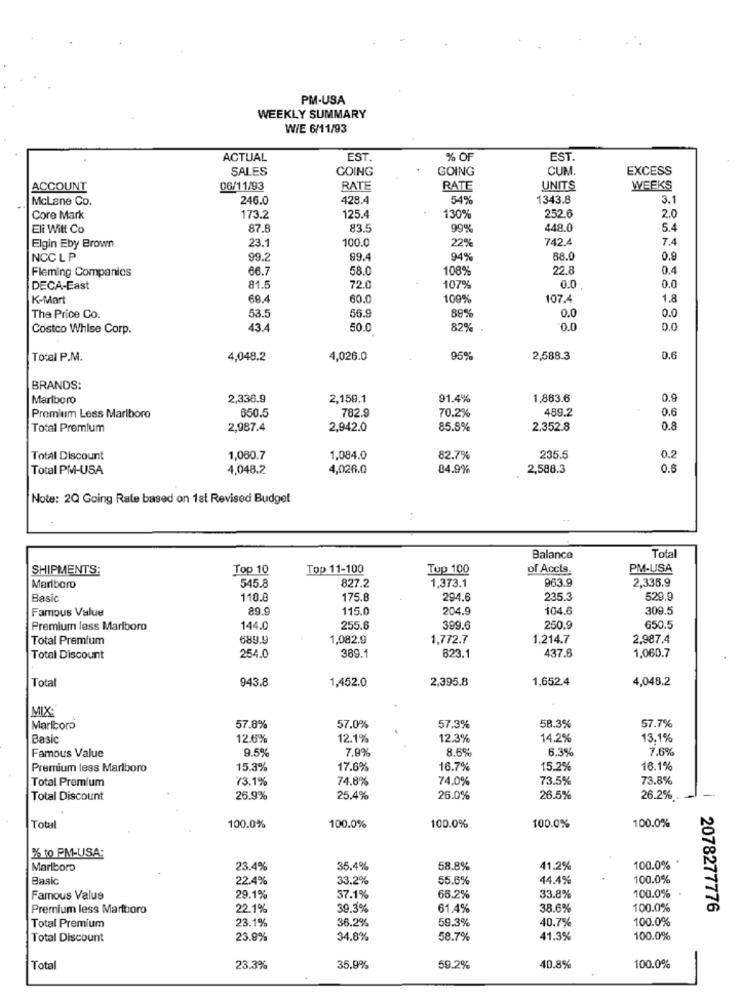
PM-USA
WEEKLY SUMMARY
WIE 6/11/93
ACTUAL
EST.
% OF
EST.
SALES
GOING
GOING
CUM.
EXCESS
ACCOUNT
06/11/93
RATE
RATE
UNITS
WEEKS
McLane Co.
246.0
428.4
54%
1343.8
3.1
Core Mark
173.2
125.4
130%
252.6
2.0
Eli Wilt Co
87.
83.5
99%
448.0
5.4
Elgin Eby Brown
23.
100.0
22%
742.4
7.4
NCC L P
99.2
99.4
94%
88.0
0.9
Fleming Companies
66.7
58.0
108%
22.8
0.4
0.0
DECA-East
81.5
72.0
107%
0.0
K-Mart
68.4
60.0
109%
107.4
1.8
0.0
0.0
The Price Co.
53.5
56.9
89%
Costco Whise Corp.
43.4
50.0
82%
0.0
D.O
Total P.M.
4,048.2
4,026.0
95%
2,588.3
0.6
BRANDS:
Marlboro
2,336.9
2,159.1
91.4%
1,863.6
0.9
489.2
0.6
Premium Less Marlboro
650.5
782.9
70.2%
Total Premium
2,987.4
2,942.0
85.8%
2,352.8
0.8
Total Discount
1,060.7
1,084.0
82.7%
235.5
0.2
Total PM-USA
4,048.2
4,026.0
84.9%
2,588.3
0.8
Note: 2Q Going Rate based on 1st Revised Budget
Balance
Total
SHIPMENTS:
Top 10
Top 11-100
Top 100
of Accts.
PM-USA
1,373.1
963.9
2,335.9
Marlboro
545.8
827.2
Basic
110.8
175.8
294.6
235.3
529.9
Famous Value
115.0
204.9
104.6
309.5
Premium less Marlboro
144.0
255.6
399.6
250.9
650.5
Total Premium
689.9
1,082.9
1,772.7
1,214.7
2,987.4
389.1
437.6
Total Discount
254.0
623.1
1,060.7
Total
943.8
1,452.0
2,395.8
1,652.4
4,048.2
MIX:
57.0%
57.7%
Marlboro
57.8%
57.3%
58.3%
Basic
12.6%
12.1%
12.3%
14.2%
13.1%
9.5%
7.99
8.6%
6.3%
7.6%
Famous Value
Premium less Marlboro
15.3%
17.6%
16.7%
15.2%
16.1%
Total Premium
73.1%
74.8%
74.0%
73.5%
73.8%
Total Discount
26.9%
25.4%
26.0%
26.5%
26.2% .
-
100.0%
100.0%
Total
100.0%
100.0%
100.0%
% to PM-USA:
100.0% *
Marlboro
23.4%
35.4%
58.8%
41.2%
Basic
22.4%
33.2%
55.6%
14.4%
100.0%
Famous Value
29.1%
37.1%
66.2%
33.8%
100.0%
Premium less Marlboro
22.1%
39.3%
61.4%
38.6%
100.0%
2078277776
23.1%
36.2%
59.3%
40.7%
100.0%
Total Premium
Total Discount
23.9%
34.8%
58.7%
41.3%
100.0%
Total
23.3%
35.9%
59.2%
40.8%
100.0%